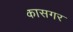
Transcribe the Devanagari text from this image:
कासगर